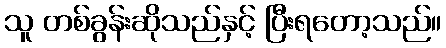
သူ တစ်ခွန်းဆိုသည်နှင့် ပြီးရတော့သည်။